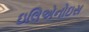
ઇલિએનોઇસ